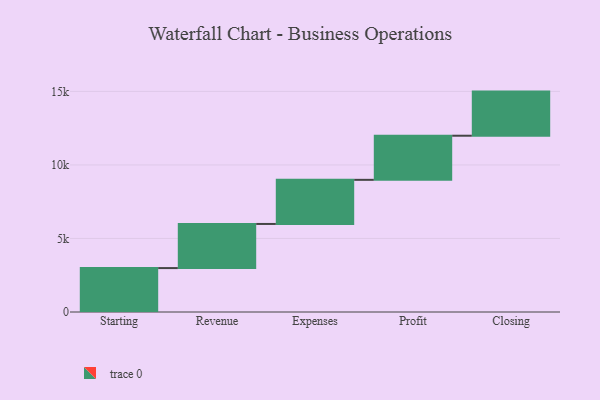
{"axis": {"x": "Step", "y": "Value"}, "legend": [""], "data": [{"x": "Starting", "y": 2986.0, "type": ""}, {"x": "Revenue", "y": 3000, "type": ""}, {"x": "Expenses", "y": 3000, "type": ""}, {"x": "Profit", "y": 3000, "type": ""}, {"x": "Closing", "y": 3000, "type": ""}]}